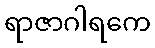
ရာဇာဂါရကေ